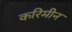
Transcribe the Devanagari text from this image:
करिमीन